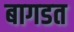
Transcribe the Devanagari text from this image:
बागडत